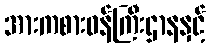
အားကစားဝန်ကြီးဌာနနှင့်